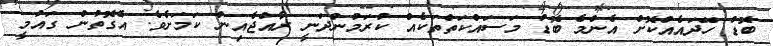
ބޮޑު ހޭދައެއްކޮށް އެންމެ ބޮޑު މަސައްކަތްތަކެއް ކުރަމުންދަނީ ރާއްޖެއިން ކަމަށެވެ. އެގޮތުން ގައުމީ